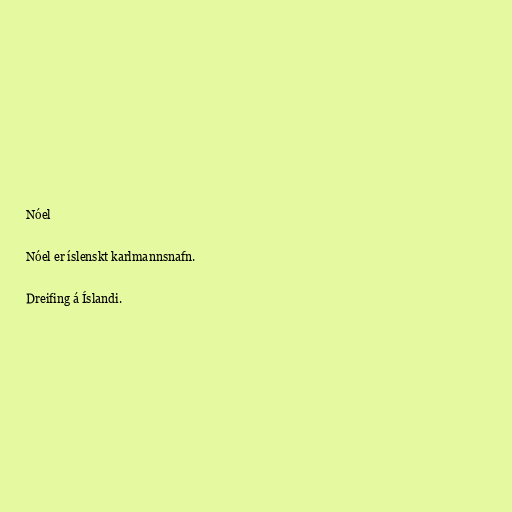
Nóel

Nóel er íslenskt karlmannsnafn.

Dreifing á Íslandi.